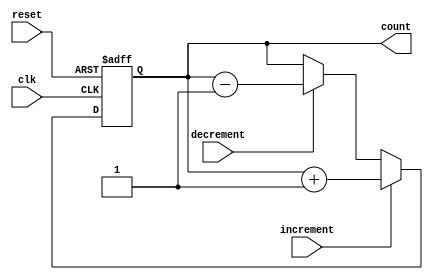
module bidirectional_gray_counter (
    input clk,
    input reset,
    input increment,
    input decrement,
    output reg [3:0] count
);

reg [3:0] next_count;

always @(posedge clk or posedge reset) begin
    if (reset) begin
        count <= 4'b0000;
    end else begin
        if (increment) begin
            next_count = count + 1;
        end else if (decrement) begin
            next_count = count - 1;
        end else begin
            next_count = count;
        end
        
        count <= next_count;
    end
end


endmodule